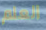
العلم